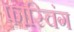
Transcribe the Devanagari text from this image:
फास्चिंग